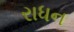
રાધન